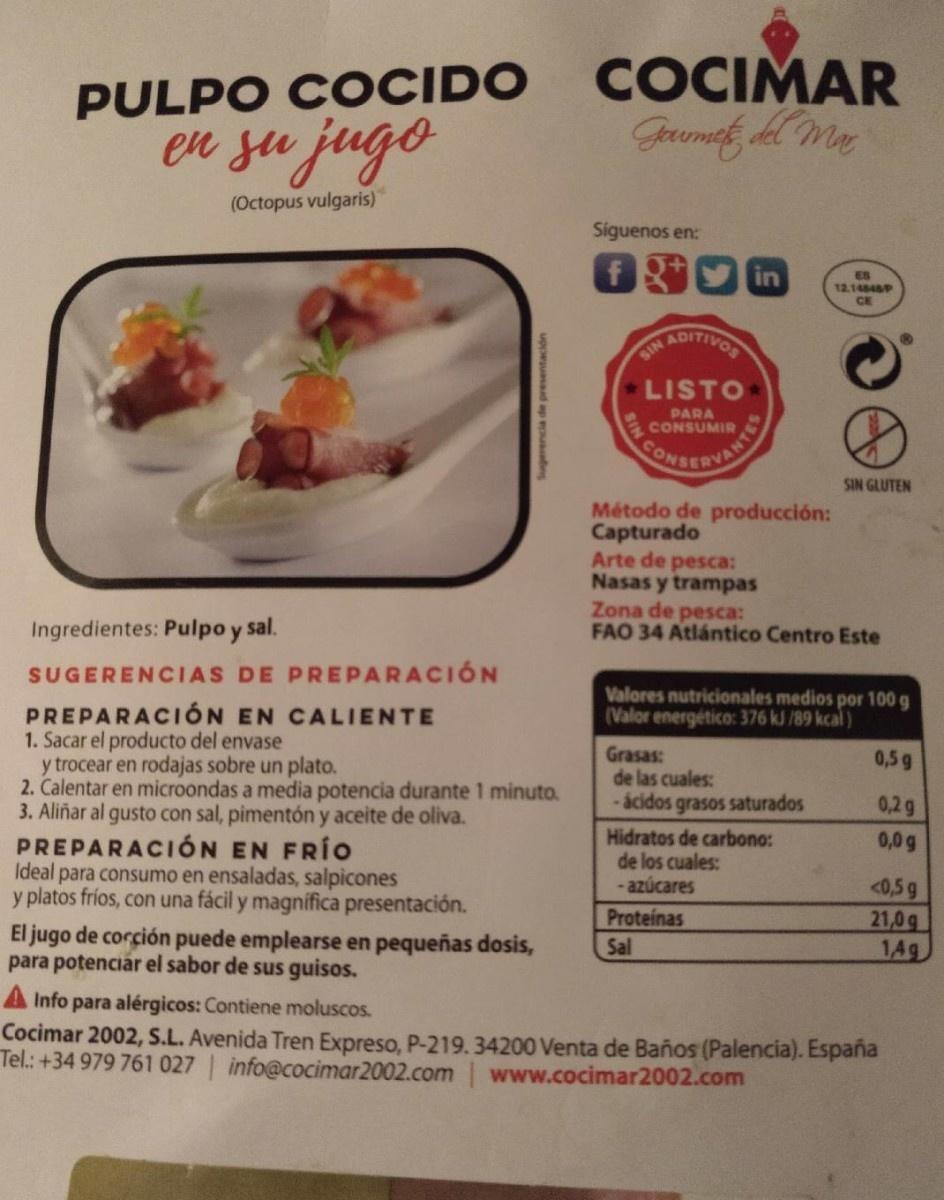
COCIMAR Jrumef, del My
PULPO COCIDO
en su jugo
(Octopus vulgaris)
Siguenos en:
in
ES 12.14848P
CE
ADITIVOR
SIN
LISTO
PARA CONSUMIR
VANTES CONSERVAD
SIN GLUTEN
Método de producción: Capturado Arte de pesca: Nasas y trampas Zona de pesca: FAO 34 Atlántico Centro Este
Ingredientes: Pulpo y sal.
SUGERENCIAS DE PREPARACIÓN
Valores nutricionales medios por 100 g (Valor energético: 376 kJ /89 kcal)
PREPARACIÓN EN CALIENTE 1. Sacar el producto del envase y trocear en rodajas sobre un plato. 2. Calentar en microondas a media potencia durante 1 minuto. 3. Aliñar al gusto con sal, pimentón y aceite de oliva. PREPARACIÓN EN FRÍO Ideal para consumo en ensaladas, salpicones y platos fríos, con una fácil y magnífica presentación. El jugo de corción puede emplearse en pequeñas dosis, para potenciar el sabor de sus guisos.
Grasas: de las cuales: -ácidos grasos saturados
0,5 g
0,2g
Hidratos de carbono: de los cuales: - azúcares
0,0 g
<0,5 g 21,0g 14g
Proteinas
Sal
A Info para alérgicos: Contiene moluscos. Cocimar 2002, S.L. Avenida Tren Expreso, P-219.34200 Venta de Baños (Palencia). España Tel.: +34 979 761 027 info@cocimar2002.com| www.cocimar2002.com
SIN